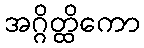
အဂ္ဂိတ္ထိကော